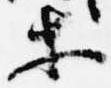
等